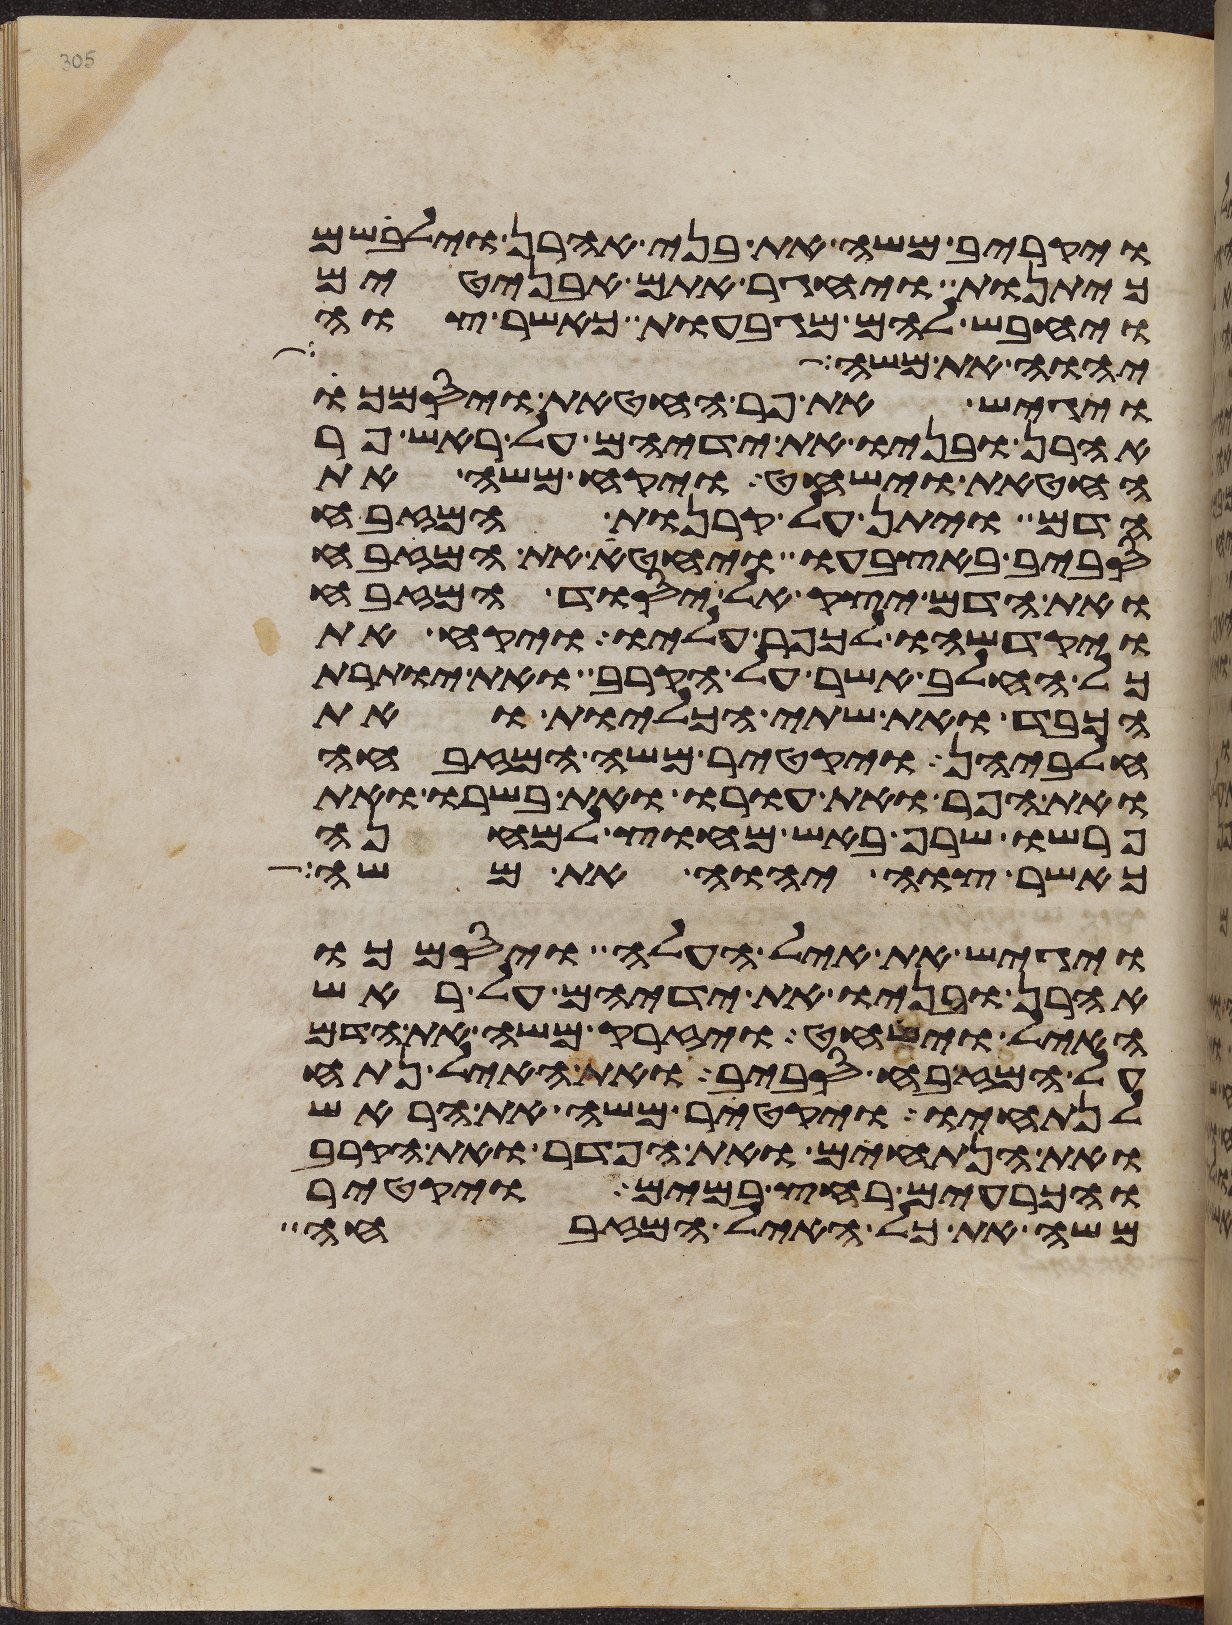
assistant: ויקריב משה את בני אהרן וילבשם
כיתנות ויחגר אתם אבניטים
ויחבש להם מגבעות כאשר צוה
יהוה את משה אל
ויגש את פר החטאת ויסמך
אהרן ובניו את ידיהם על ראש פר
החטאת וישחט ויקח משה את
הדם ויתן על קרנות המזבח
סביב באצבעו ויחטא את המזבח
ואת הדם יצק אל יסוד המזבח
ויקדשהו לכפר עליו ויקח את
כל החלב אשר על הקרב ואת יותרת
הכבד ואת שתי הכליות ואת
חלביהן ויקטר משה המזבחה
ואת הפר ואת עורו ואת בשרו ואת
פרשו שרף באש מחוץ למחנה
כאשר צוה יהוה את משה
ויגש את איל העלה ויסמכו
אהרן ובניו את ידיהם על ראש
האיל וישחט ויזרק משה את הדם
על המזבח סביב ואת האיל נתח
לנתחיו ויקטר משה את הראש
ואת הנתחים ואת הפדר ואת הקרב
והכרעים רחץ במים ויקטר
משה את כל האיל המזבחה